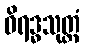
ဝိရဒ္ဓသုတ္တံ